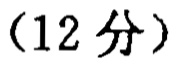
（12 分）